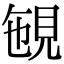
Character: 𧠡